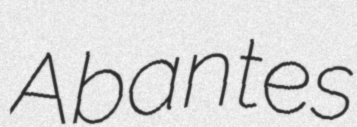
Abantes